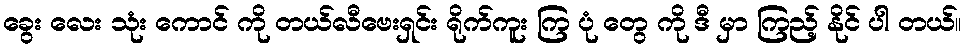
ခွေး လေး သုံး ကောင် ကို တယ်လီဗေးရှင်း ရိုက်ကူး ကြ ပုံ တွေ ကို ဒီ မှာ ကြည့် နိုင် ပါ တယ်။